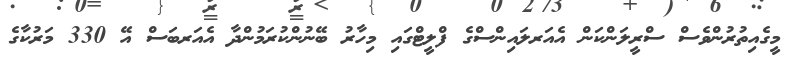
މީގެއިތުރުންވެސް ސްރީލަންކަން އެއަރލައިންސްގެ ފްލީޓްގައި މިހާރު ބޭނުންކުރަމުންދާ އެއަރބަސް އޭ 330 މަރުކާގެ